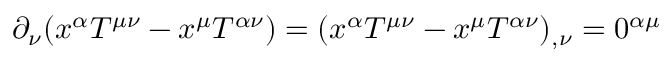
\partial _ { \nu } ( x ^ { \alpha } T ^ { \mu \nu } - x ^ { \mu } T ^ { \alpha \nu } ) = ( x ^ { \alpha } T ^ { \mu \nu } - x ^ { \mu } T ^ { \alpha \nu } ) _ { , \nu } = 0 ^ { \alpha \mu }